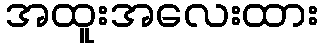
အထူးအလေးထား